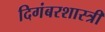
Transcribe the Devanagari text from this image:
दिगंबरशास्त्री